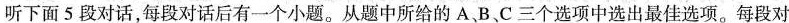
听下面5段对话，每段对话后有一个小题。从题中所给的A、B、C三个选项中选出最佳选项。每段对